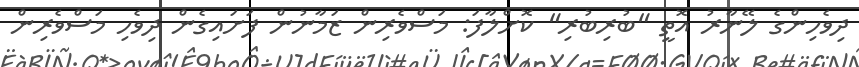
ދިވެހިންގެ ލޭނާރު އޮތީ "ބުރިބުރި" ކޮށްލާފަ: މަސްވެރިން ޒަމާނުން ފަށައިގެން ދިވެހި މަސްވެރިން